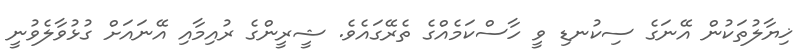
ޚިޔާލުތަކުން އޭނަގެ ސިކުނޑި ވީ ހާސްކަމެއްގެ ތެރޭގައެވެ. ޝީރީންގެ ރުއިމާއި އޭނައަށް ގުޅުވާލެވުނީ